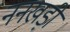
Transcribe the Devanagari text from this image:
ननखड़ी